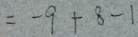
= - 9 + 8 - 1